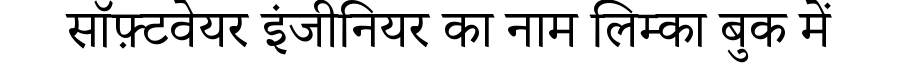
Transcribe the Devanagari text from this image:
सॉफ़्टवेयर इंजीनियर का नाम लिम्का बुक में